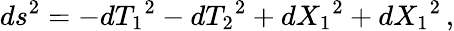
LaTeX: ds^{2}=-d{T_{1}}^{2}-d{T_{2}}^{2}+d{X_{1}}^{2}+d{X_{1}}^{2}\, ,